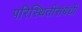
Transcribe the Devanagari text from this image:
परिस्थितीसंबंधी